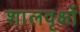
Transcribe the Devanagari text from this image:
शालवृक्षों